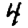
Digit: 4